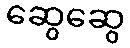
ဆွေဆွေ